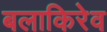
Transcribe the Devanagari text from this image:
बलाकिरेव